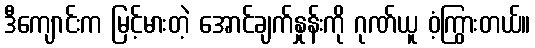
ဒီကျောင်းက မြင့်မားတဲ့ အောင်ချက်နှုန်းကို ဂုဏ်ယူ ဝံ့ကြွားတယ်။